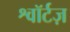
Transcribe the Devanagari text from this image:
श्वॉर्टज़